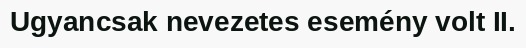
Ugyancsak nevezetes esemény volt II.